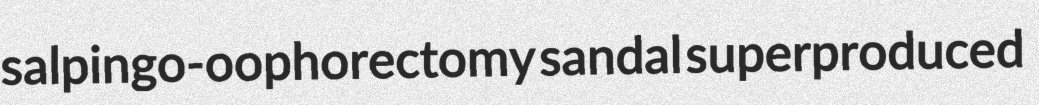
salpingo-oophorectomy sandal superproduced